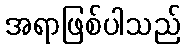
အရာဖြစ်ပါသည်